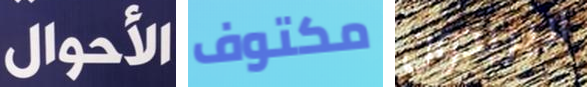
الأحوال مكتوف لايريدون